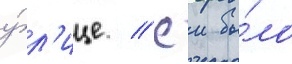
у́л'ице // Еи бы́ло